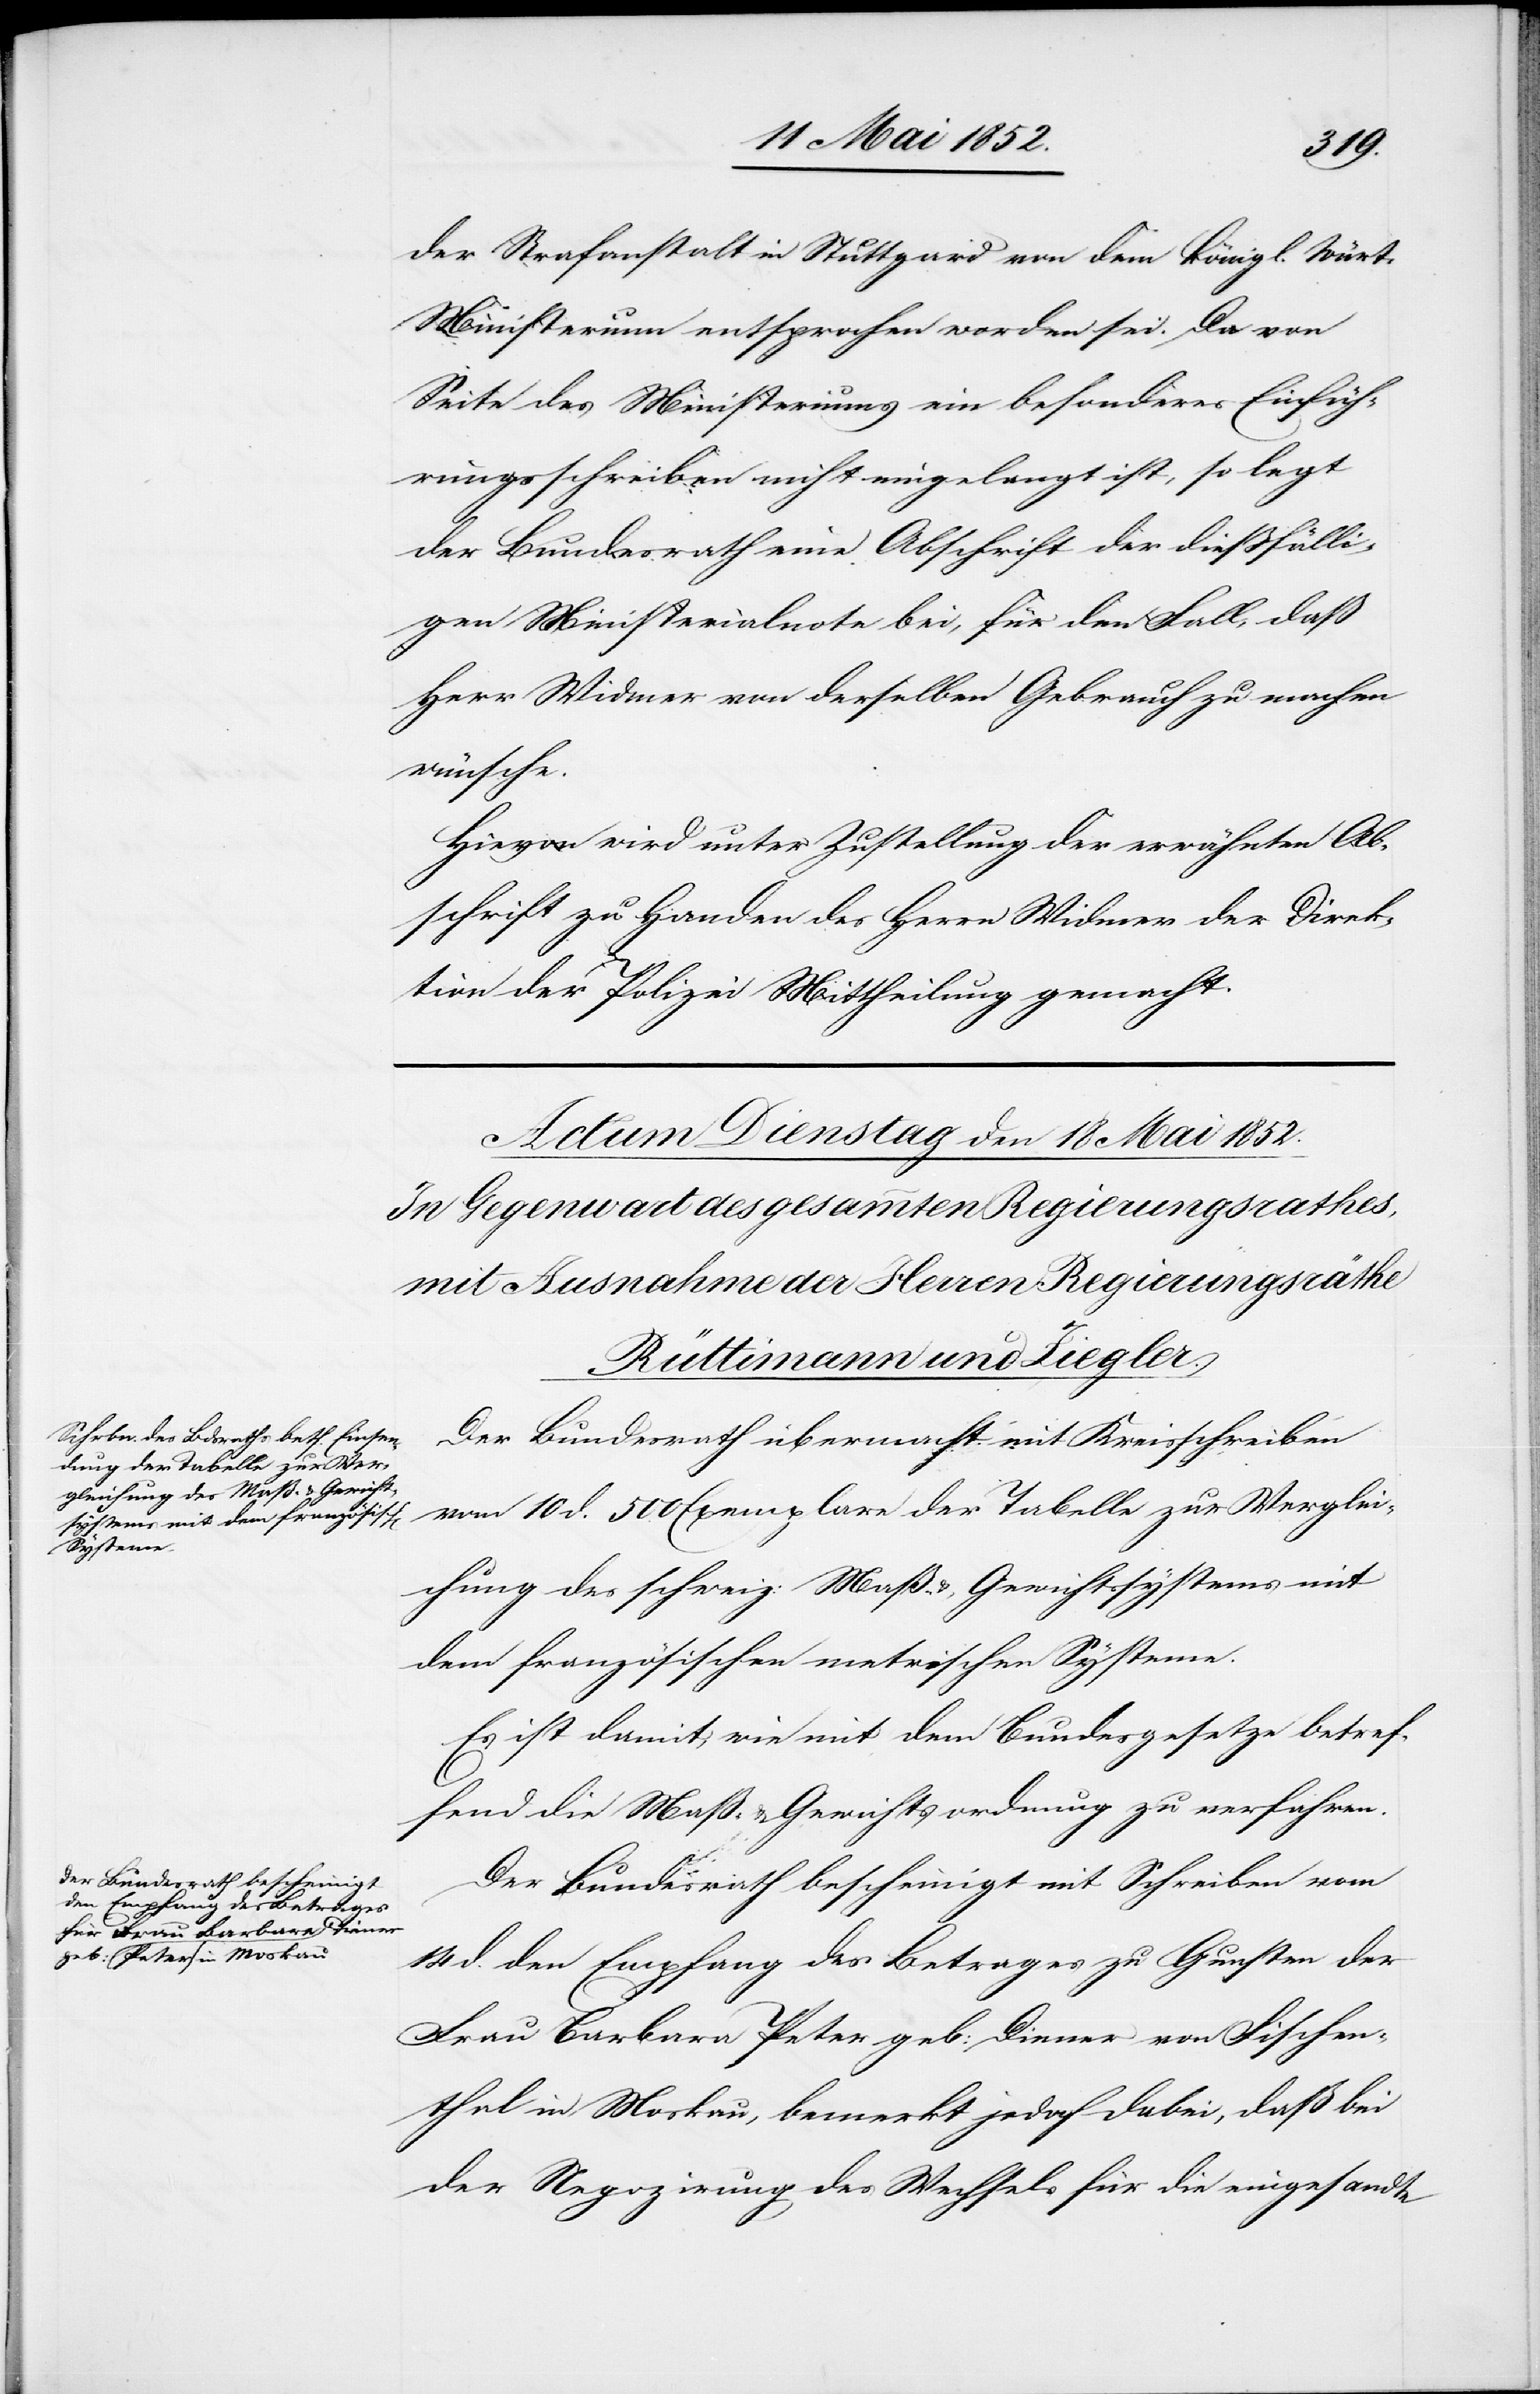
der Strafanstalt in Stuttgard von dem königl. würt.
Ministerium entsprochen worden sei. Da von
Seite des Ministeriums ein besonderes Einfüh¬
rungsschreiben nicht eingelangt ist, so legt
der Bundesrath eine Abschrift der diessfälli¬
gen Ministerialnote bei, für den Fall, daß
Herr Widmer von derselben Gebrauch zu machen
wünsche.
Hievon wird unter Zustellung der erwähnten Ab¬
schrift zu Handen des Herrn Widmer der Direk¬
tion der Polizei Mittheilung gemacht.
Der Bundesrath übermacht mit Kreisschreiben
vom 10 d. 500 Exemplare der Tabelle zur Verglei¬
chung des schweiz: Maß- & Gewichtssystems mit
dem französischen metrischen Systeme.
Es ist damit, wie mit dem Bundesgesetze betref¬
fend die Maß- & Gewichtsordnung zu verfahren.
Der Bundesrath bescheinigt mit Schreiben vom
14 d. den Empfang des Betrages zu Gunsten der
Frau Barbara Peter geb: Diener von Fischen¬
thal in Moskau, bemerkt jedoch dabei, daß bei
der Negozirung des Wechsels für die eingesandte